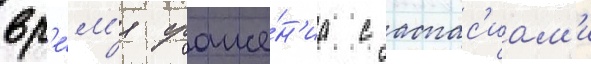
вр'е́м'я сраже́н'иа с аспас'иам'и